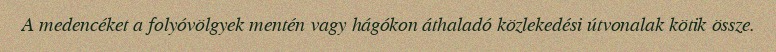
A medencéket a folyóvölgyek mentén vagy hágókon áthaladó közlekedési útvonalak kötik össze.